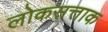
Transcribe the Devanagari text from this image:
लोकसत्ताक